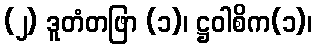
(၂) ဒူတံတဖြာ (၁)၊ ဋ္ဌဝါစိက(၁)၊